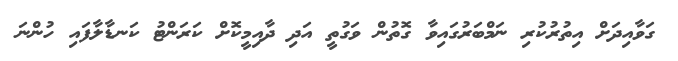
ގަވާއިދަށް އިތުރުކުރި ނަމްބަރުގައިވާ ގޮތުން ވަގުތީ އަދި ދާއިމީކޮށް ކަރަންޓު ކަނޑާލާފައި ހުންނަ